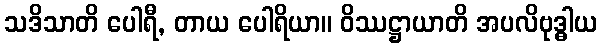
သဒိသာတိ ပေါရီ, တာယ ပေါရိယာ။ ဝိဿဋ္ဌာယာတိ အပလိဗုဒ္ဓါယ